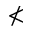
\nless